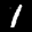
Label: 1